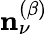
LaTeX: \mathbf{n}_{\nu}^{(\beta)}